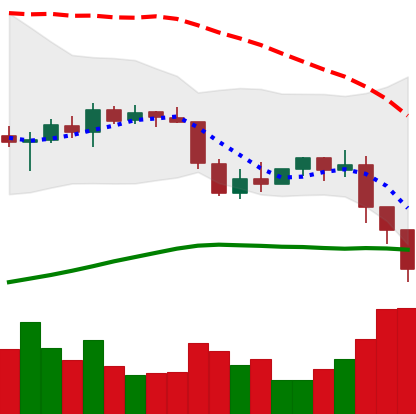
Ticker: ETH-USD
Chart end date: 2022-01-07
Forward return: 5.607%
Label: up_5_7